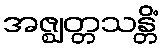
အဇ္ဈတ္တသန္တိံ